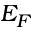
E _ { F }